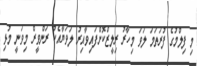
މި ފިލްމުގެ ފުރަތަމަ ލަވަ މިހާރު ރިލީޒްކޮށްފައިވާއިރު ލަވަޔާއެކު ރަންވީރް މިވަނީ މުޅި